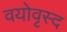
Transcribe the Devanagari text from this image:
वयोवृस्द